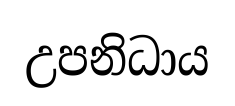
උපනිධාය